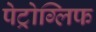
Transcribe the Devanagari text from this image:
पेट्रोग्लिफ